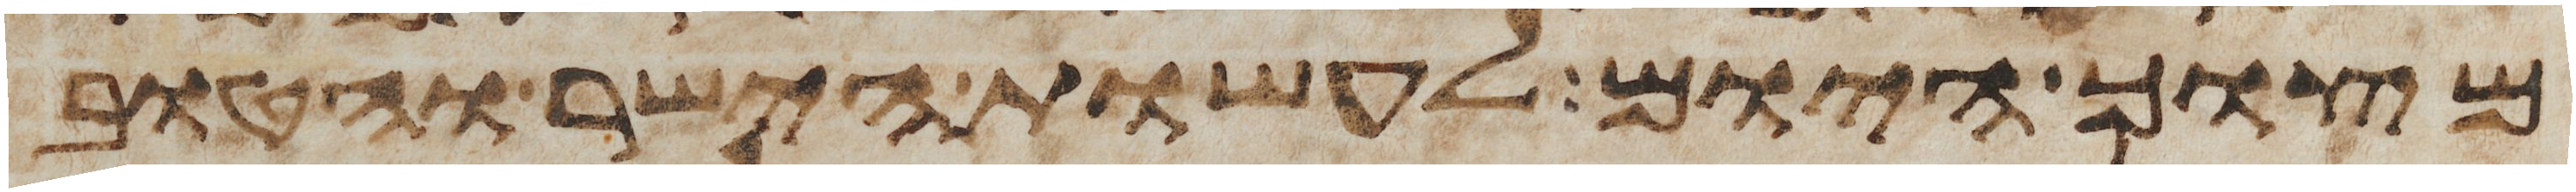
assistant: מצוך היום לעשות הישר והטוב